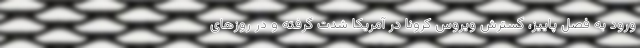
ورود به فصل پاییز، گسترش ویروس کرونا در آمریکا شدت گرفته و در روز‌های